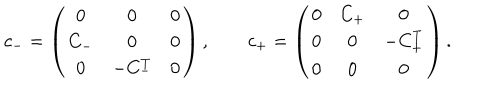
c _ { - } = \left( \begin{array} { c c c } { { 0 } } & { { 0 } } & { { 0 } } \\ { { C _ { - } } } & { { 0 } } & { { 0 } } \\ { { 0 } } & { { - C _ { - } ^ { T } } } & { { 0 } } \\ \end{array} \right) , \qquad c _ { + } = \left( \begin{array} { c c c } { { 0 } } & { { C _ { + } } } & { { 0 } } \\ { { 0 } } & { { 0 } } & { { - C _ { + } ^ { T } } } \\ { { 0 } } & { { 0 } } & { { 0 } } \\ \end{array} \right) .